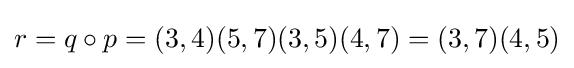
r=q\circ p=(3,4)(5,7)(3,5)(4,7)=(3,7)(4,5)